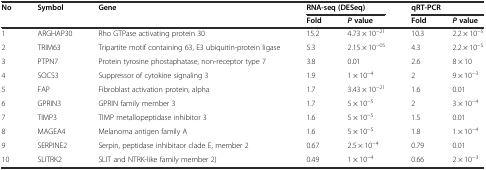
<table><thead><tr><td><b>No</b></td><td><b>Symbol</b></td><td><b>Gene</b></td><td colspan="2"><b>RNA-seq (DESeq)</b></td><td colspan="2"><b>qRT-PCR</b></td></tr><tr><td colspan="3"></td><td><b>Fold</b></td><td><b><i>P</i>value</b></td><td><b>Fold</b></td><td><b><i>P</i>value</b></td></tr></thead><tbody><tr><td>1</td><td>ARGHAP30</td><td>Rho GTPase activating protein 30</td><td>15.2</td><td>4.73 × 10<sup>−21</sup></td><td>10.3</td><td>2.2 × 10<sup>−5</sup></td></tr><tr><td>2</td><td>TRIM63</td><td>Tripartite motif containing 63, E3 ubiquitin-protein ligase</td><td>5.3</td><td>2.15 × 10<sup>−05</sup></td><td>4.3</td><td>2.2 × 10<sup>−5</sup></td></tr><tr><td>3</td><td>PTPN7</td><td>Protein tyrosine phostaphatase, non-receptor type 7</td><td>3.8</td><td>0.01</td><td>2.6</td><td>8 × 10</td></tr><tr><td>4</td><td>SOCS3</td><td>Suppressor of cytokine signaling 3</td><td>1.9</td><td>1 × 10<sup>−4</sup></td><td>2</td><td>9 × 10<sup>−3</sup></td></tr><tr><td>5</td><td>FAP</td><td>Fibroblast activation protein, alpha</td><td>1.7</td><td>3.43 × 10<sup>−21</sup></td><td>1.6</td><td>0.01</td></tr><tr><td>6</td><td>GPRIN3</td><td>GPRIN family member 3</td><td>1.7</td><td>5 × 10<sup>−5</sup></td><td>2</td><td>3 × 10<sup>−4</sup></td></tr><tr><td>7</td><td>TIMP3</td><td>TIMP metallopeptidase inhibitor 3</td><td>1.6</td><td>5 × 10<sup>−5</sup></td><td>1.5</td><td>0.01</td></tr><tr><td>8</td><td>MAGEA4</td><td>Melanoma antigen family A</td><td>1.6</td><td>5 × 10<sup>−5</sup></td><td>1.8</td><td>1 × 10<sup>−4</sup></td></tr><tr><td>9</td><td>SERPINE2</td><td>Serpin, peptidase inhibitaor clade E, member 2</td><td>0.67</td><td>2.5 × 10<sup>−4</sup></td><td>0.79</td><td>0.01</td></tr><tr><td>10</td><td>SLITRK2</td><td>SLIT and NTRK-like family member 2)</td><td>0.49</td><td>1 × 10<sup>−4</sup></td><td>0.66</td><td>2 × 10<sup>−3</sup></td></tr></tbody></table>